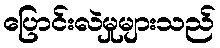
ပြောင်းလဲမှုများသည်